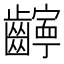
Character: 𫜧